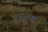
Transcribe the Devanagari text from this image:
अळता